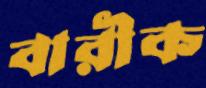
বারীক